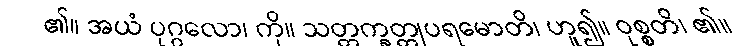
၏။ အယံ ပုဂ္ဂလော၊ ကို။ သတ္တက္ခတ္တုပရမောတိ၊ ဟူ၍။ ဝုစ္စတိ၊ ၏။